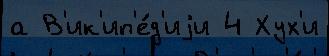
а В'ик'ип'е́д'иjи 4 Хух'и